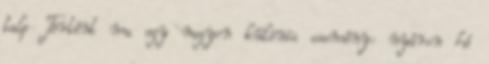
talp Történt ma egy nagyon különös esemény: nyáron hó